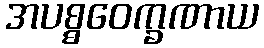
အပစ္စဝေက္ခဏာယ